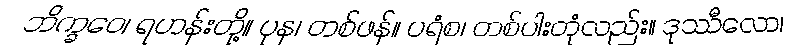
ဘိက္ခဝေ၊ ရဟန်းတို့။ ပုန၊ တစ်ဖန်။ ပရံစ၊ တစ်ပါးတုံလည်း။ ဒုဿီလော၊